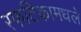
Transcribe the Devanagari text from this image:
स्फटिकामधले